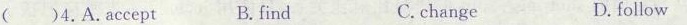
( )4.A.Accept B. Find C.change D.follow